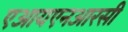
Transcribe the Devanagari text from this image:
एआयएनआरसी